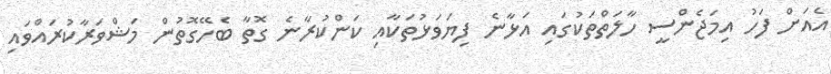
އެއަށް ފަހު އިމަޖެންސީ ހާލަތްތަކުގައި އަޅާނެ ފިޔަވަޅުތަކާއި ކަންކުރާނެ ގޮތާ ބެހޭގޮތުން މަޝްވަރާކުރައްވައި